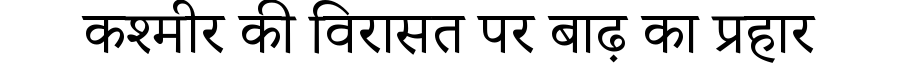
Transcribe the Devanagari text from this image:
कश्मीर की विरासत पर बाढ़ का प्रहार